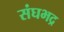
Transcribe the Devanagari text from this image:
संघभद्र